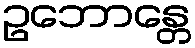
ဥဘောန္တေ